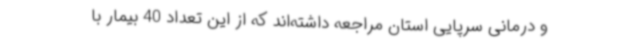
و درمانی سرپایی استان مراجعه داشته‌اند که از این تعداد 40 بیمار با